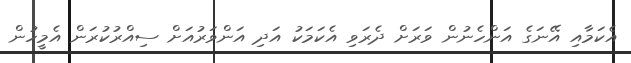
އެކަމާއި އޭނަގެ އަންހެނުން ވަރަށް ދެރަވި އެކަމަކު އަދި އަންވަރުއަށް ސިއްރުކުރަން އެމީހުން